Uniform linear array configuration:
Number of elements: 8
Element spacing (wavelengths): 0.5
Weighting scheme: hamming
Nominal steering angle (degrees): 15
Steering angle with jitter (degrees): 15.589
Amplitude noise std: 0.05
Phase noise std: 0.05

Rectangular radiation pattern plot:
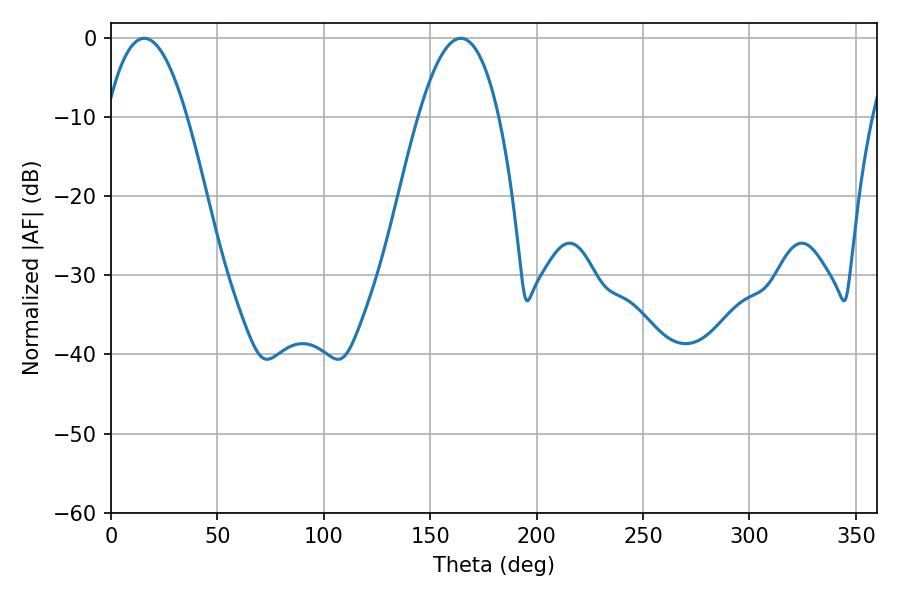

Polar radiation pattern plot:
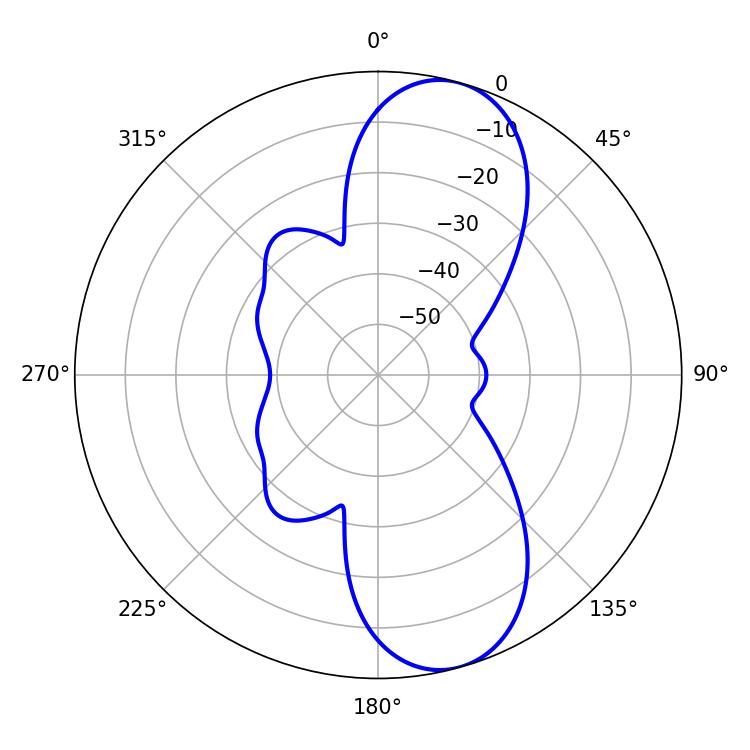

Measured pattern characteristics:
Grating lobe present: FALSE
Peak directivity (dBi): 9.666
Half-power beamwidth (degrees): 20.7
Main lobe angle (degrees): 15.66